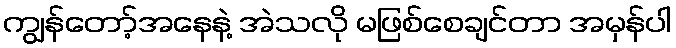
ကျွန်တော့်အနေနဲ့ အဲသလို မဖြစ်စေချင်တာ အမှန်ပါ